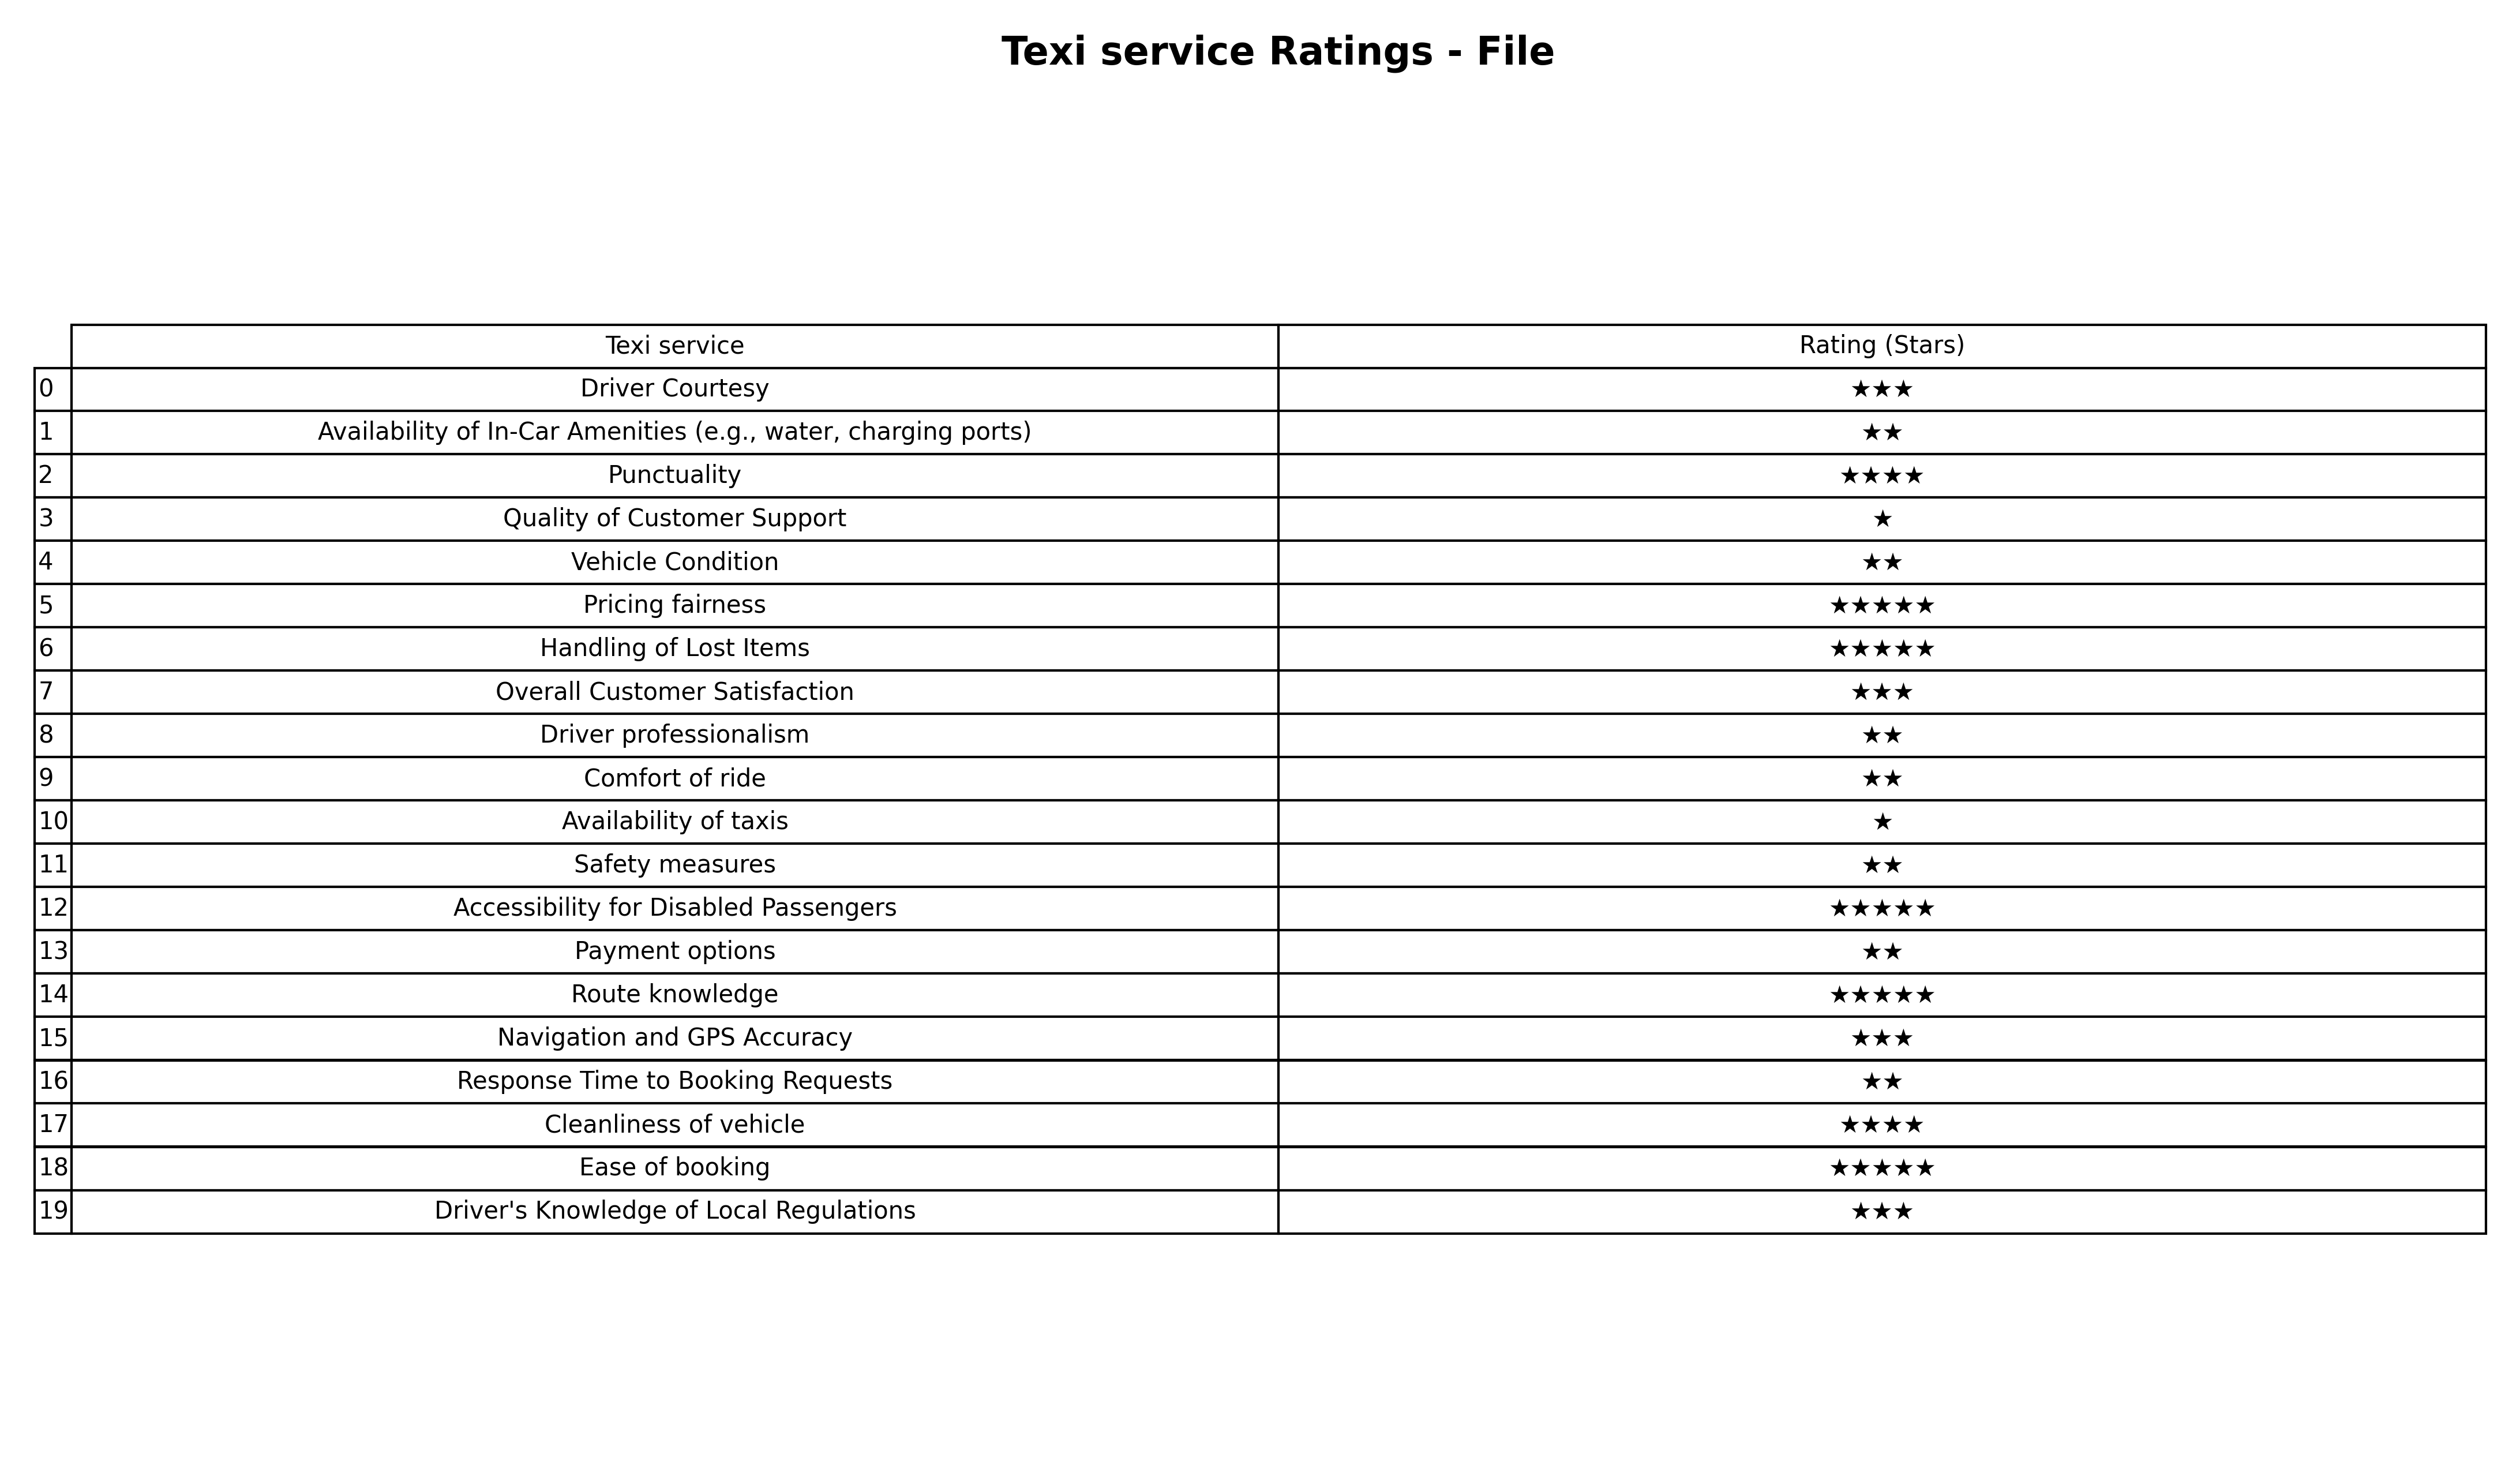
question: Which services are rated average?
answer: Driver CourtesyOverall Customer SatisfactionNavigation and GPS AccuracyDriver's Knowledge of Local Regulations